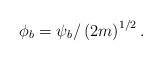
LaTeX: \begin{align*}\phi _{b}=\psi _{b}/\left( 2m\right) ^{1/2}.\end{align*}